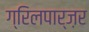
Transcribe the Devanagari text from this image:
ग्रिलपार्ज़र